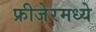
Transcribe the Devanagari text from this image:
फ्रीजेरमध्ये